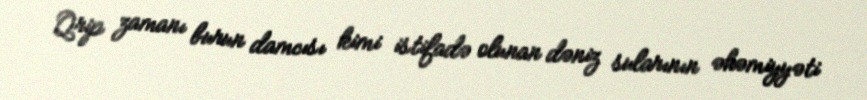
Qrip zamanı burun damcısı kimi istifadə olunan dəniz sularının əhəmiyyəti